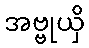
အဗ္ဗုယှိ